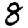
Digit: 8